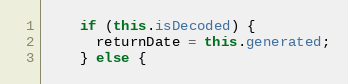
Language: Java
    if (this.isDecoded) {
      returnDate = this.generated;
    } else {